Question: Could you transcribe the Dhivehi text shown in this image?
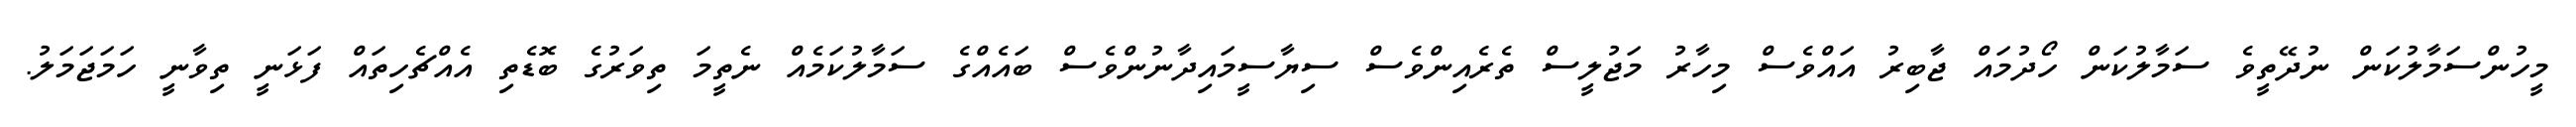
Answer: މީހުންސަމާލުކަން ނުދޭތީވެ ސަމާލުކަން ހޯދުމައް ޖާބިރު އައްވެސް މިހާރު މަޖުލީސް ތެރެއިންވެސް ސިޔާސީމައިދާނުންވެސް ބައެއްގެ ސަމާލުކަމެއް ނެތީމަ ތިވަރުގެ ބޮޑެތި އެއްޗެހިތައް ފަޅަނީ ތިވާނީ ހަމަޖަމަލު.